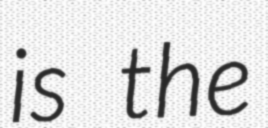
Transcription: is the